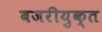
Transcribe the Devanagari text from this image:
बजरीयुक्त